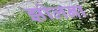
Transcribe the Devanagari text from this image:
झोलना